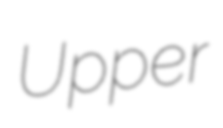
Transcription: Upper